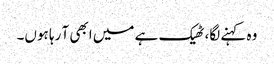
وہ کہنے لگا، ٹھیک ہے میں ابھی آ رہا ہوں۔